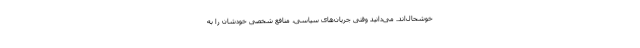
خوشحال‌اند. می‌دانید وقتی جریان‌های سیاسی، منافع شخصی‌ خودشان را به